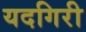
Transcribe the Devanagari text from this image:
यदगिरी